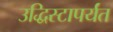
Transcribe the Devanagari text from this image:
उद्धिस्टापर्यंत